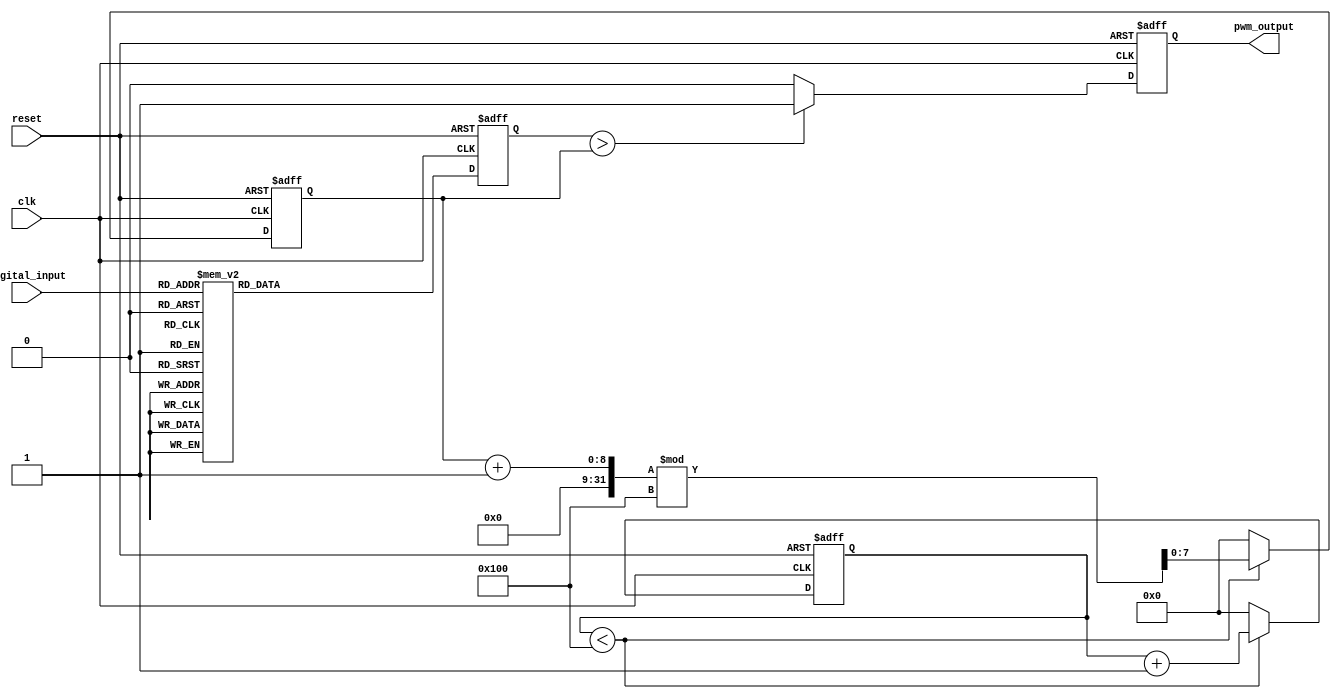
module LPWM (
    input wire clk,               // System clock
    input wire reset,             // Active High reset
    input wire [N-1:0] digital_input, // N-bit input signal
    output reg pwm_output         // PWM output signal
);
    parameter N = 8;              // Width of the input signal
    parameter RAMP_PERIOD = 256;  // Ramp signal period
    reg [N-1:0] log_scaled_value; // Logarithmically scaled value
    reg [N-1:0] ramp_signal;      // Ramp signal
    reg [7:0] count;              // Ramp signal count
    
    // Logarithmic Scaling Block (Approximate using a lookup table)
    function [N-1:0] log_scale;
        input [N-1:0] value;
        integer i;
        reg [N-1:0] table [0:255];
        begin
            // Populate the lookup table with logarithmic values
            for (i = 0; i <= 255; i = i + 1) begin
                table[i] = (i > 0) ? $clog2(i) : 0;
            end
            log_scale = table[value];
        end
    endfunction
    
    // Ramp Signal Generator
    always @(posedge clk or posedge reset) begin
        if (reset) begin
            count <= 0;
            ramp_signal <= 0;
        end else begin
            if (count < RAMP_PERIOD) begin
                count <= count + 1;
                ramp_signal <= (ramp_signal + 1) % (RAMP_PERIOD);
            end else begin
                count <= 0;
                ramp_signal <= 0;
            end
        end
    end
    
    // Logarithmic Scaling Processing
    always @(posedge clk or posedge reset) begin
        if (reset) begin
            log_scaled_value <= 0;
        end else begin
            log_scaled_value <= log_scale(digital_input);
        end
    end
    
    // PWM Generation
    always @(posedge clk or posedge reset) begin
        if (reset) begin
            pwm_output <= 0;
        end else begin
            if (log_scaled_value > ramp_signal) begin
                pwm_output <= 1; // Set output high
            end else begin
                pwm_output <= 0; // Set output low
            end
        end
    end
endmodule